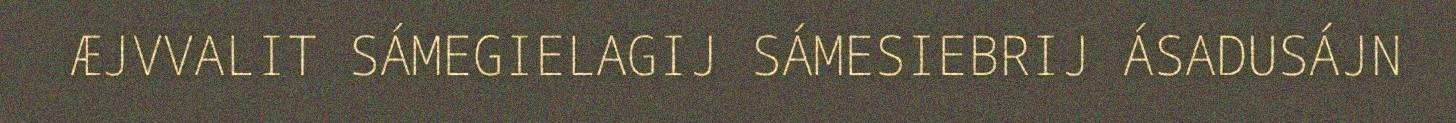
ÆJVVALIT SÁMEGIELAGIJ SÁMESIEBRIJ ÁSADUSÁJN